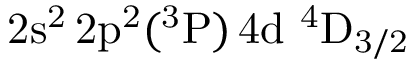
\mathrm { 2 s ^ { 2 } \, 2 p ^ { 2 } ( ^ { 3 } P ) \, 4 d ~ ^ { 4 } D _ { 3 / 2 } }